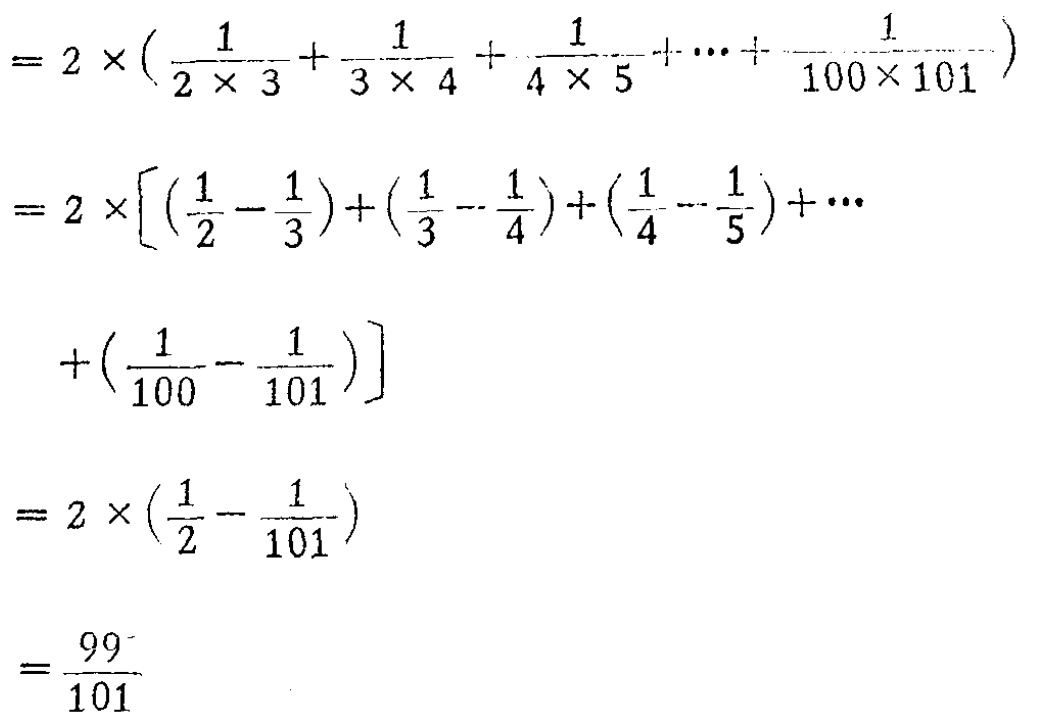
\[

\begin{align*}

&=2\times(\frac{1}{2\times3}+\frac{1}{3\times4}+\frac{1}{4\times5}+\cdots+\frac{1}{100\times101})\\

&=2\times[(\frac{1}{2}-\frac{1}{3})+(\frac{1}{3}-\frac{1}{4})+(\frac{1}{4}-\frac{1}{5})+\cdots\\

&\quad+(\frac{1}{100}-\frac{1}{101})]\\

&=2\times(\frac{1}{2}-\frac{1}{101})\\

&=\frac{99}{101}

\end{align*}

\]